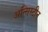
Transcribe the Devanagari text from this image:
अन्सिस्टीन